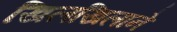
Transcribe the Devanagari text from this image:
खिलखिलाने